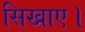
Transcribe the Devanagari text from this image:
सिखाए।